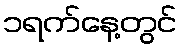
၁ရက်နေ့တွင်